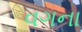
વગના